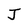
Character: J